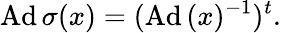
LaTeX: \displaystyle{\mathrm{Ad}\, \sigma(x)=(\mathrm{Ad}\, (x)^{-1})^{t}.}